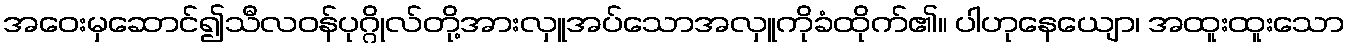
အဝေးမှဆောင်၍သီလဝန်ပုဂ္ဂိုလ်တို့အားလှူအပ်သောအလှူကိုခံထိုက်၏။ ပါဟုနေယျော၊ အထူးထူးသော